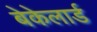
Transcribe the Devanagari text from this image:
बेकेलार्ड